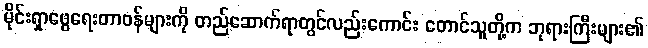
မိုင်းရှာဖွေရေးတာဝန်များကို တည်ဆောက်ရာတွင်လည်းကောင်း တောင်သူတို့က ဘုရားကြီးများ၏